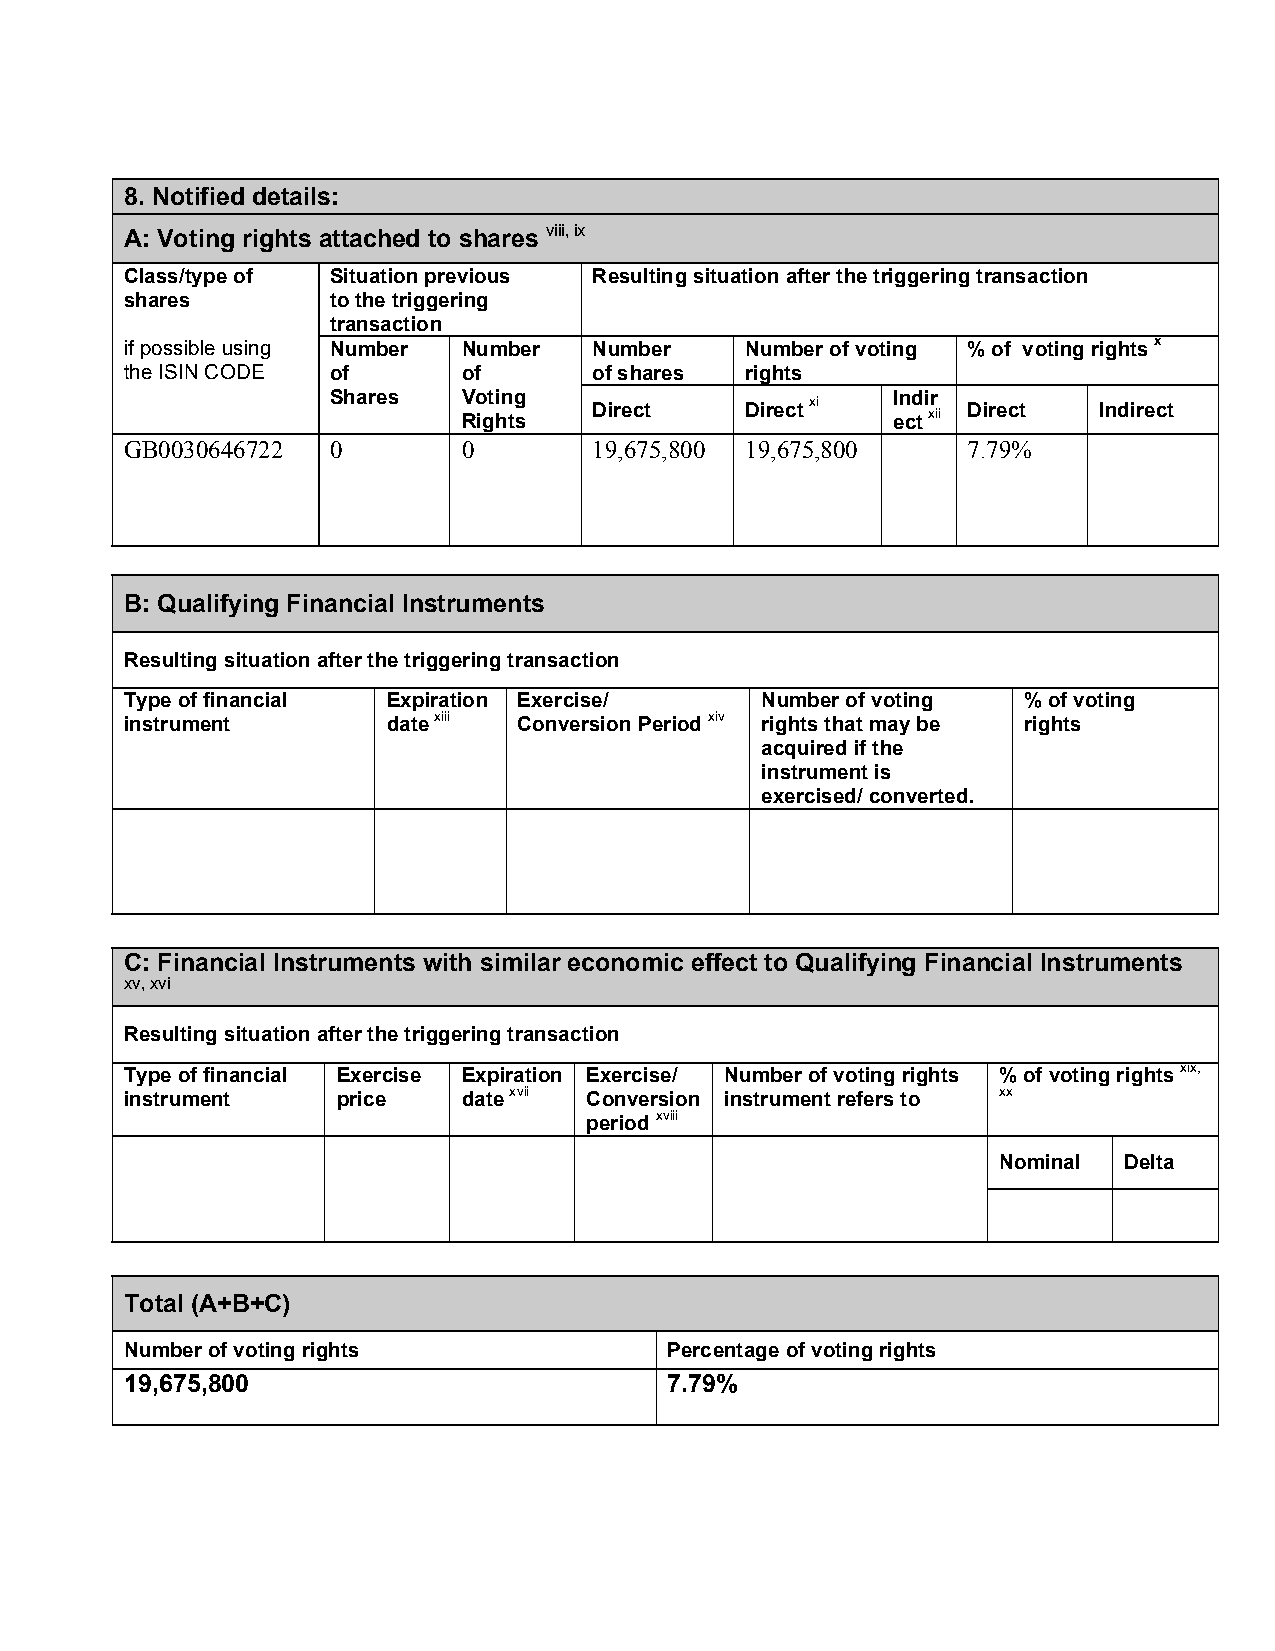
8. Notified details:
 A: Voting rights attached to shares viii, ix
 Class/type of Situation previous Resulting situation after the triggering transaction
 shares        to the triggering
 transaction
 if possible using Number Number Number   Number of voting % of voting rights x
 the ISIN CODE of       of      of shares rights
 Shares   Voting                      Indir
 Direct    Direct xi      Direct   Indirect
 Rights                      ect xii
 GB0030646722  0        0       19,675,800 19,675,800    7.79%
 B: Qualifying Financial Instruments
 Resulting situation after the triggering transaction
 Type of financial Expiration Exercise/    Number of voting  % of voting
 instrument        date xiii Conversion Period xiv rights that may be rights
 acquired if the
 instrument is
 exercised/ converted.
 C: Financial Instruments with similar economic effect to Qualifying Financial Instruments
 xv, xvi
 Resulting situation after the triggering transaction
 Type of financial Exercise Expiration Exercise/ Number of voting rights % of voting rights xix,
 instrument    price    date xvii Conversion instrument refers to xx
 period xviii
 Nominal Delta
 Total (A+B+C)
 Number of voting rights             Percentage of voting rights
 19,675,800                          7.79%